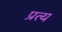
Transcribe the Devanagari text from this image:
प्रत्य